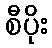
စီပိုး